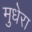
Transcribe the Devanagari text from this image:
मुधेरा